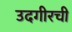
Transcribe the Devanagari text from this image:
उदगीरची